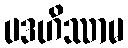
ပဒဟိဿာမ